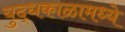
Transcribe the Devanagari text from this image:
युद्धकाळामध्ये